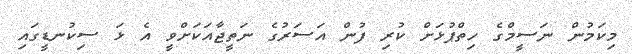
މިކަމުން ނަސީމްގެ ހިތްޕުޅަށް ކުރި ފުން އަސަރުގެ ނަތީޖާއަކަށްވީ އެ ޅަ ސިކުނޑީގައި